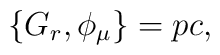
\{G_r,\phi_{\mu} \} = pc,